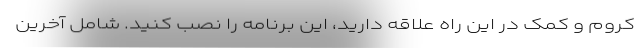
کروم و کمک در این راه علاقه دارید، این برنامه را نصب کنید. شامل آخرین